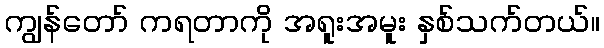
ကျွန်တော် ကရတာကို အရူးအမူး နှစ်သက်တယ်။